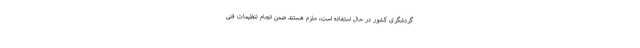
گردشگری کشور در حال استفاده است، ملزم هستند ضمن انجام تنظیمات فنی